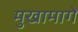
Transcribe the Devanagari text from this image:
मुखामागे